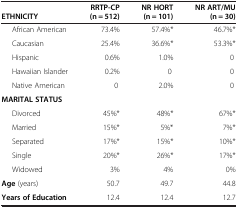
| ETHNICITY | RRTP-CP (n = 512) | NR HORT (n = 101) | NR ART/MU (n = 30) |
 | --- | --- | --- | --- |
 | African American | 73.4% | 57.4%* | 46.7%* |
 | Caucasian | 25.4% | 36.6%* | 53.3%* |
 | Hispanic | 0.6% | 1.0% | 0 |
 | Hawaiian Islander | 0.2% | 0 | 0 |
 | Native American | 0 | 2.0% | 0 |
 | MARITAL STATUS |  |  |  |
 | Divorced | 45%* | 48%* | 67%* |
 | Married | 15%* | 5%* | 7%* |
 | Separated | 17%* | 15%* | 10%* |
 | Single | 20%* | 26%* | 17%* |
 | Widowed | 3% | 4% | 0% |
 | Age (years) | 50.7 | 49.7 | 44.8 |
 | Years of Education | 12.4 | 12.4 | 12.7 |